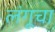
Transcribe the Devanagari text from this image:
लंगूचा